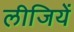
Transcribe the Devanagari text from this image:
लीजियें